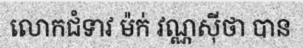
លោកជំទាវ ម៉ក់ វណ្ណស៊ីថា បាន